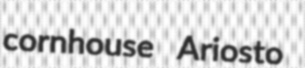
cornhouse Ariosto